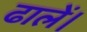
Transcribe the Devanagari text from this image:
ढालें।